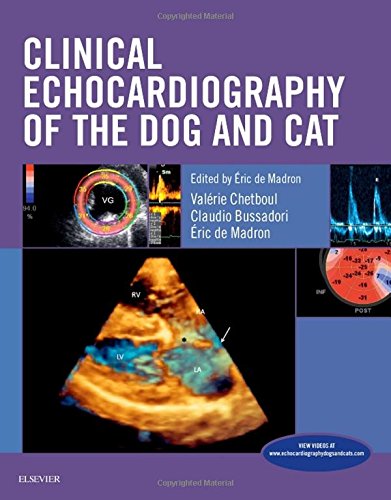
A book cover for Clinical Echocardiography of the Dog and Cat, 1e; Eric de Madron; Medical Books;